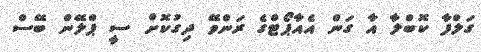
ގަލްފާ ކޮބްލާ އާ ގަން އެއާޕޯޓްގެ ރަންވޭ ދިގުކޮށް ސީ ޕްލޭން ބޭސް